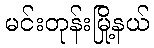
မင်းတုန်းမြို့နယ်